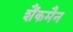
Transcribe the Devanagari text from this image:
शैंकमैन